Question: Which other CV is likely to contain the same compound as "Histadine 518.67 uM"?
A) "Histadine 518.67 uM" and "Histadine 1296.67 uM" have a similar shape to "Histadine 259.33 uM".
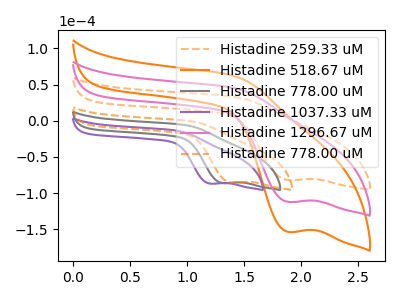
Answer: <think>The orange dashed curve "Histadine 259.33 uM" has a cathodic peak at: (1.90V, -81.95uA). The orange curve "Histadine 518.67 uM" has a cathodic peak at: (1.90V, -224.35uA). The gray curve "Histadine 778.00 uM" has a cathodic peak at: (1.30V, -86.15uA). The purple curve "Histadine 1037.33 uM" has a cathodic peak at: (1.20V, -86.95uA). The pink curve "Histadine 1296.67 uM" has a cathodic peak at: (1.90V, -112.15uA). The orange dashed curve "Histadine 778.00 uM" has a cathodic peak at: (1.40V, -85.60uA).
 All the peaks in "Histadine 259.33 uM" have a peak in "Histadine 518.67 uM" at the same potential. Every peak in "Histadine 259.33 uM" is lower than every peak in "Histadine 518.67 uM". "Histadine 259.33 uM" and "Histadine 778.00 uM" have at least one peak that do not match. "Histadine 259.33 uM" and "Histadine 1037.33 uM" have at least one peak that do not match. All the peaks in "Histadine 259.33 uM" have a peak in "Histadine 1296.67 uM" at the same potential. Every peak in "Histadine 259.33 uM" is lower than every peak in "Histadine 1296.67 uM". "Histadine 259.33 uM" and "Histadine 778.00 uM" have at least one peak that do not match. "Histadine 518.67 uM" and "Histadine 778.00 uM" have at least one peak that do not match. "Histadine 518.67 uM" and "Histadine 1037.33 uM" have at least one peak that do not match. All the peaks in "Histadine 518.67 uM" have a peak in "Histadine 1296.67 uM" at the same potential. Every peak in "Histadine 518.67 uM" is higher than every peak in "Histadine 1296.67 uM". "Histadine 518.67 uM" and "Histadine 778.00 uM" have at least one peak that do not match. "Histadine 778.00 uM" and "Histadine 1037.33 uM" have at least one peak that do not match. "Histadine 778.00 uM" and "Histadine 1296.67 uM" have at least one peak that do not match. "Histadine 778.00 uM" and "Histadine 778.00 uM" have at least one peak that do not match. "Histadine 1037.33 uM" and "Histadine 1296.67 uM" have at least one peak that do not match. "Histadine 1037.33 uM" and "Histadine 778.00 uM" have at least one peak that do not match. "Histadine 1296.67 uM" and "Histadine 778.00 uM" have at least one peak that do not match.</think>
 <answer>A) "Histadine 518.67 uM" and "Histadine 1296.67 uM" have a similar shape to "Histadine 259.33 uM".</answer>
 <eval>A</eval>